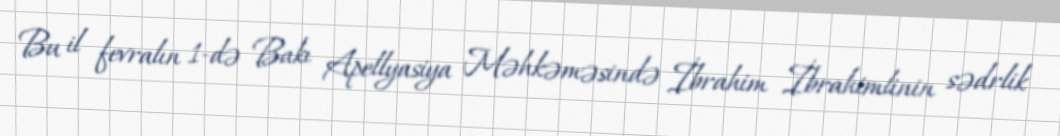
Bu il fevralın 1-də Bakı Apellyasiya Məhkəməsində İbrahim İbrahimlinin sədrlik